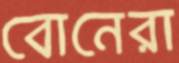
বোনেরা